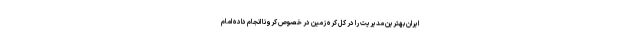
ایران بهترین مدیریت را در کل کره زمین در خصوص کرونا انجام داده امام